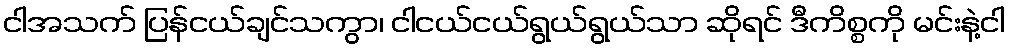
ငါအသက် ပြန်ငယ်ချင်သကွာ၊ ငါငယ်ငယ်ရွယ်ရွယ်သာ ဆိုရင် ဒီကိစ္စကို မင်းနဲ့ငါ